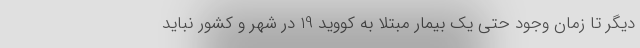
دیگر تا زمان وجود حتی یک بیمار مبتلا به کووید 19 در شهر و کشور نباید